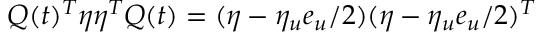
Q ( t ) ^ { T } \eta \eta ^ { T } Q ( t ) = ( \eta - \eta _ { u } e _ { u } / 2 ) ( \eta - \eta _ { u } e _ { u } / 2 ) ^ { T }